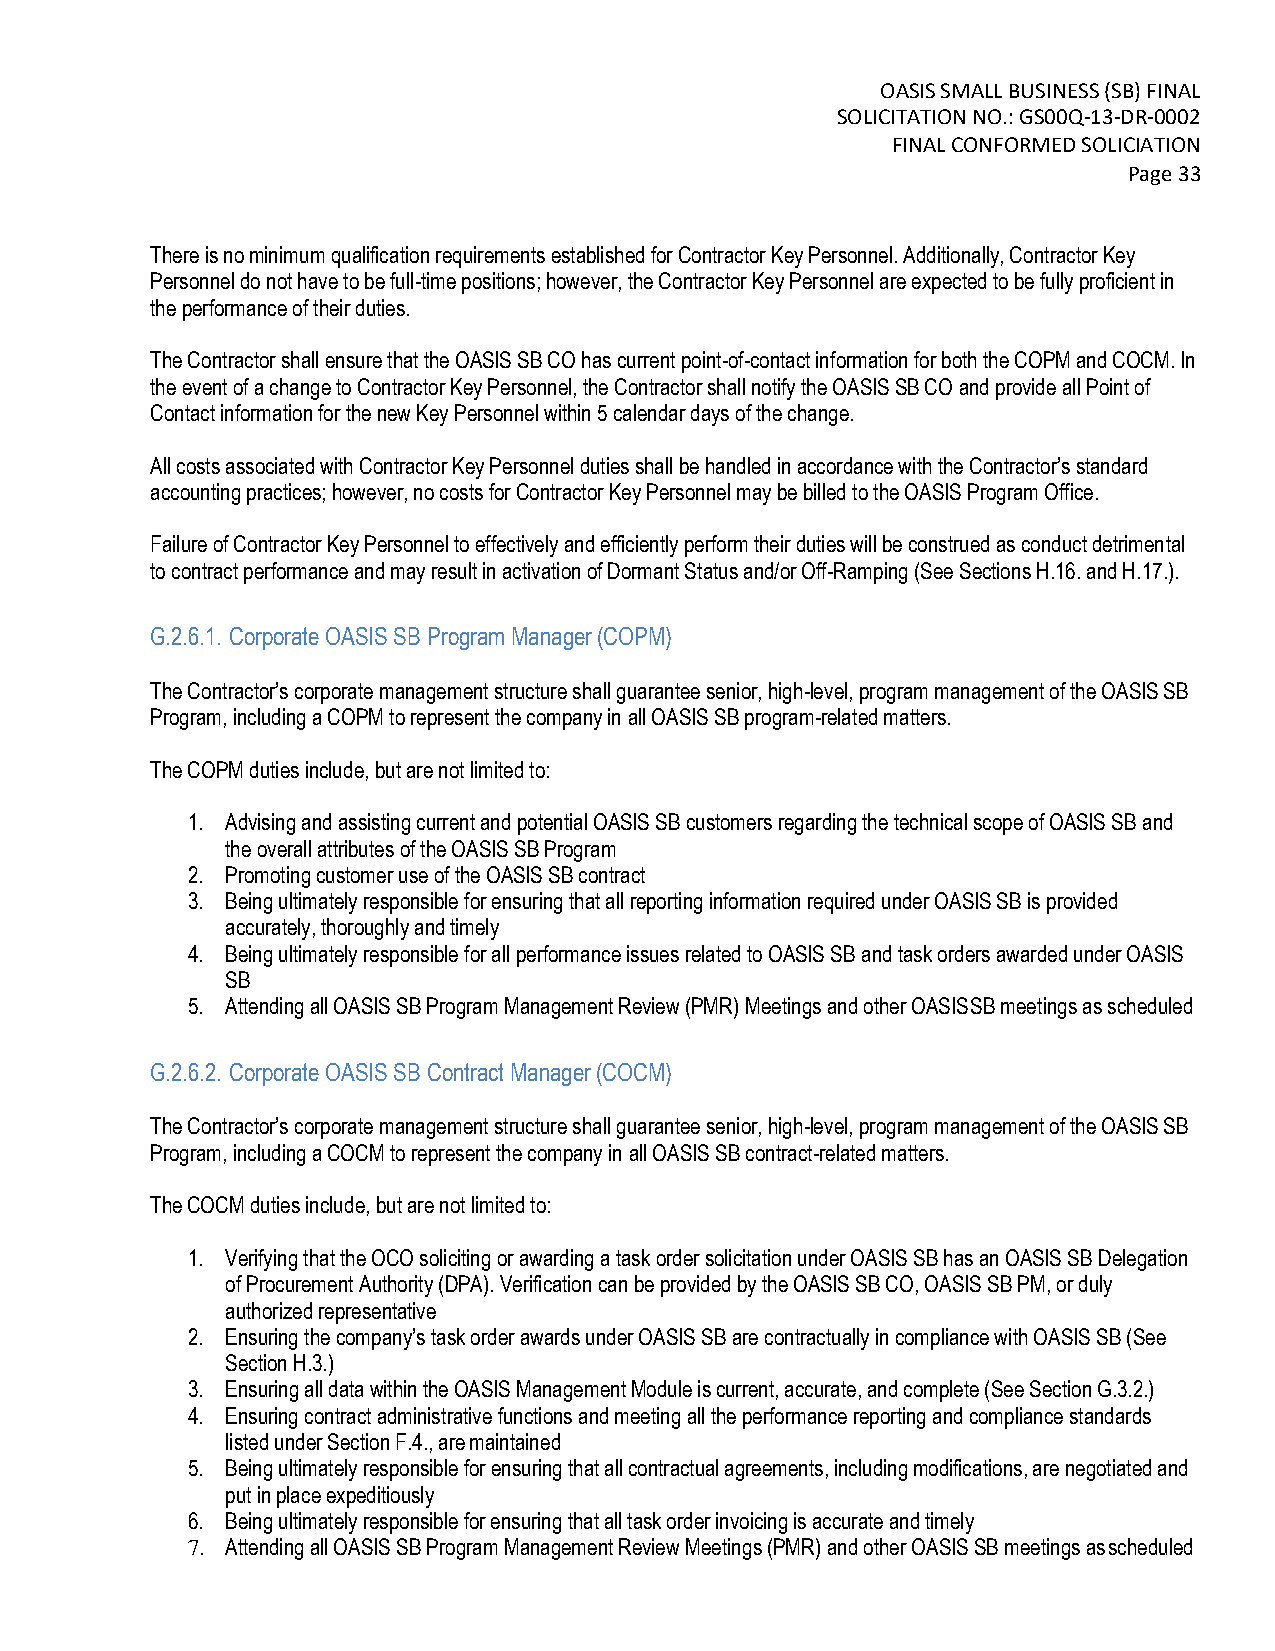
OASIS SMALL BUSINESS (SB) FINAL
 SOLICITATION NO.: GS00Q-13-DR-0002
 FINAL CONFORMED SOLICIATION
 Page 33
 There is no minimum qualification requirements established for Contractor Key Personnel. Additionally, Contractor Key
 Personnel do not have to be full-time positions; however, the Contractor Key Personnel are expected to be fully proficient in
 the performance of their duties.
 The Contractor shall ensure that the OASIS SB CO has current point-of-contact information for both the COPM and COCM. In
 the event of a change to Contractor Key Personnel, the Contractor shall notify the OASIS SB CO and provide all Point of
 Contact information for the new Key Personnel within 5 calendar days of the change.
 All costs associated with Contractor Key Personnel duties shall be handled in accordance with the Contractor’s standard
 accounting practices; however, no costs for Contractor Key Personnel may be billed to the OASIS Program Office.
 Failure of Contractor Key Personnel to effectively and efficiently perform their duties will be construed as conduct detrimental
 to contract performance and may result in activation of Dormant Status and/or Off-Ramping (See Sections H.16. and H.17.).
 G.2.6.1. Corporate OASIS SB Program Manager (COPM)
 The Contractor’s corporate management structure shall guarantee senior, high-level, program management of the OASIS SB
 Program, including a COPM to represent the company in all OASIS SB program-related matters.
 The COPM duties include, but are not limited to:
 1. Advising and assisting current and potential OASIS SB customers regarding the technical scope of OASIS SB and
 the overall attributes of the OASIS SB Program
 2. Promoting customer use of the OASIS SB contract
 3. Being ultimately responsible for ensuring that all reporting information required under OASIS SB is provided
 accurately, thoroughly and timely
 4. Being ultimately responsible for all performance issues related to OASIS SB and task orders awarded under OASIS
 SB
 5. Attending all OASIS SB Program Management Review (PMR) Meetings and other OASIS SB meetings as scheduled
 G.2.6.2. Corporate OASIS SB Contract Manager (COCM)
 The Contractor’s corporate management structure shall guarantee senior, high-level, program management of the OASIS SB
 Program, including a COCM to represent the company in all OASIS SB contract-related matters.
 The COCM duties include, but are not limited to:
 1. Verifying that the OCO soliciting or awarding a task order solicitation under OASIS SB has an OASIS SB Delegation
 of Procurement Authority (DPA). Verification can be provided by the OASIS SB CO, OASIS SB PM, or duly
 authorized representative
 2. Ensuring the company’s task order awards under OASIS SB are contractually in compliance with OASIS SB (See
 Section H.3.)
 3. Ensuring all data within the OASIS Management Module is current, accurate, and complete (See Section G.3.2.)
 4. Ensuring contract administrative functions and meeting all the performance reporting and compliance standards
 listed under Section F.4., are maintained
 5. Being ultimately responsible for ensuring that all contractual agreements, including modifications, are negotiated and
 put in place expeditiously
 6. Being ultimately responsible for ensuring that all task order invoicing is accurate and timely
 7. Attending all OASIS SB Program Management Review Meetings (PMR) and other OASIS SB meetings as scheduled